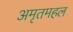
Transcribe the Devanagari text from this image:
अमृतमहल